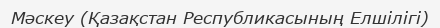
Мәскеу (Қазақстан Республикасының Елшілігі)